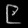
Digit: ၉